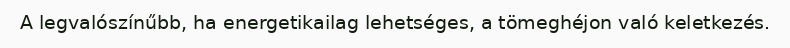
A legvalószínűbb, ha energetikailag lehetséges, a tömeghéjon való keletkezés.